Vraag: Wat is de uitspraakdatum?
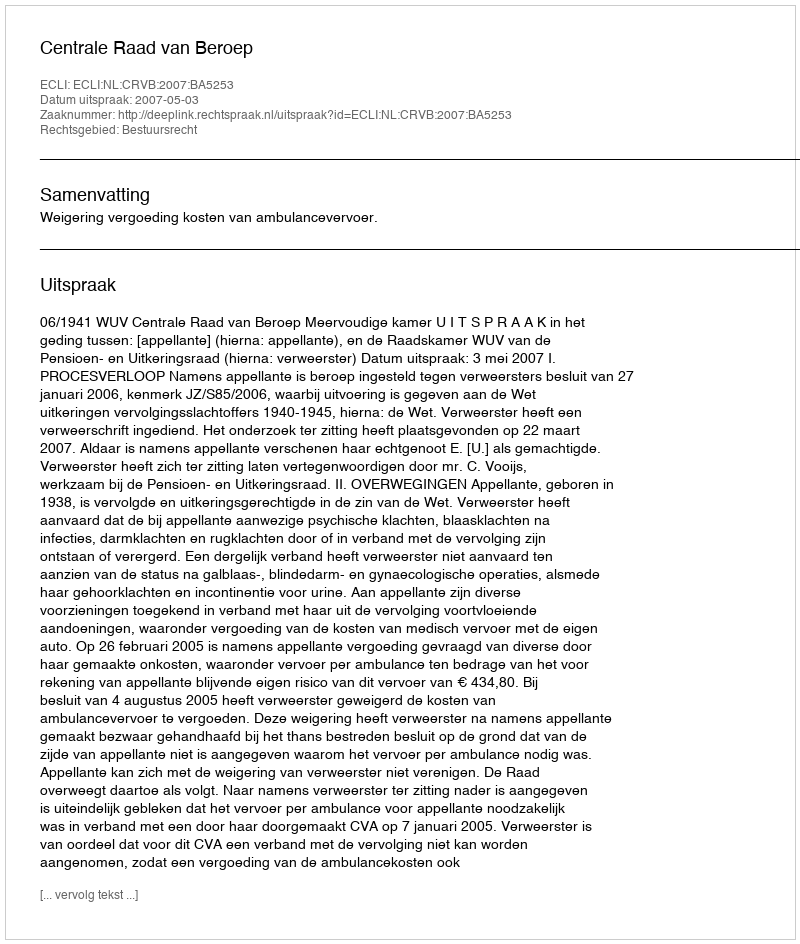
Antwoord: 2007-05-03